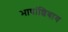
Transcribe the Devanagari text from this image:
भाषांशिवाय